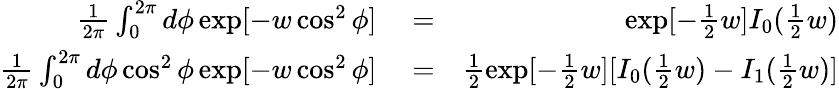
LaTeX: \begin{array}{rlr}{\frac{1}{2\pi}\int_{0}^{2\pi}d\phi\exp[-w\cos^{2}\phi]}&{{}=}&{\exp[-\frac{1}{2}w]I_{0}(\frac{1}{2}w)}\\ {\frac{1}{2\pi}\int_{0}^{2\pi}d\phi\cos^{2}\phi\exp[-w\cos^{2}\phi]}&{{}=}&{\frac{1}{2}\exp[-\frac{1}{2}w][I_{0}(\frac{1}{2}w)-I_{1}(\frac{1}{2}w)]}\end{array}